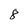
Character: 8